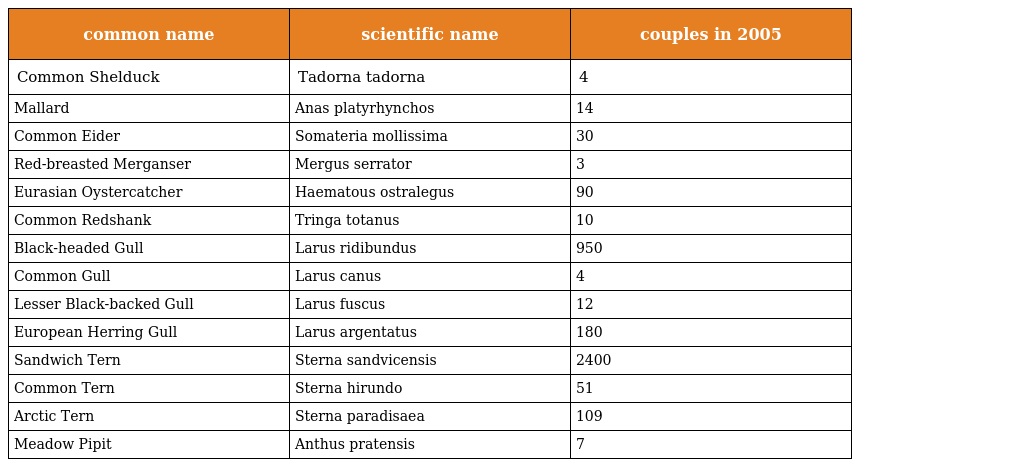
| common name | scientific name | couples in 2005 |
 | --- | --- | --- |
 | Common Shelduck | Tadorna tadorna | 4 |
 | Mallard | Anas platyrhynchos | 14 |
 | Common Eider | Somateria mollissima | 30 |
 | Red-breasted Merganser | Mergus serrator | 3 |
 | Eurasian Oystercatcher | Haematous ostralegus | 90 |
 | Common Redshank | Tringa totanus | 10 |
 | Black-headed Gull | Larus ridibundus | 950 |
 | Common Gull | Larus canus | 4 |
 | Lesser Black-backed Gull | Larus fuscus | 12 |
 | European Herring Gull | Larus argentatus | 180 |
 | Sandwich Tern | Sterna sandvicensis | 2400 |
 | Common Tern | Sterna hirundo | 51 |
 | Arctic Tern | Sterna paradisaea | 109 |
 | Meadow Pipit | Anthus pratensis | 7 |